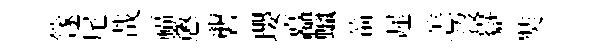
篴尾哉福懲礱瓔矗蠟箭遲恙沒嶽奘